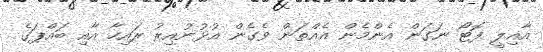
އާއިލީ ފޮޓޯ ނަގަން އެންމެން އެއްތަން ވެގެން އުޅުނުއިރު ރައިހާ އާއި ބައްޕަގެ